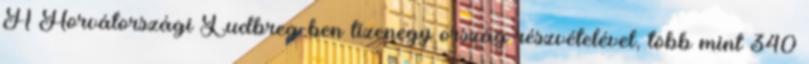
A Horvátországi Ludbreg-ben tizenegy ország részvételével, több mint 340